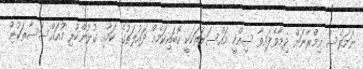
ނަމަވެސް އިމްރާނަށް ދިމާވެފައިވާ ސިއްހީ މައްސަލަތަކަކީ ކޮބައިކަމެއް ދައުލަތުގެ ކަމާއި ގުޅުންހުރި މުއައްސަސާތަކުން